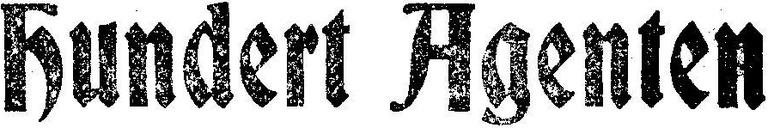
Hundert Agenten